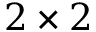
2 \times 2